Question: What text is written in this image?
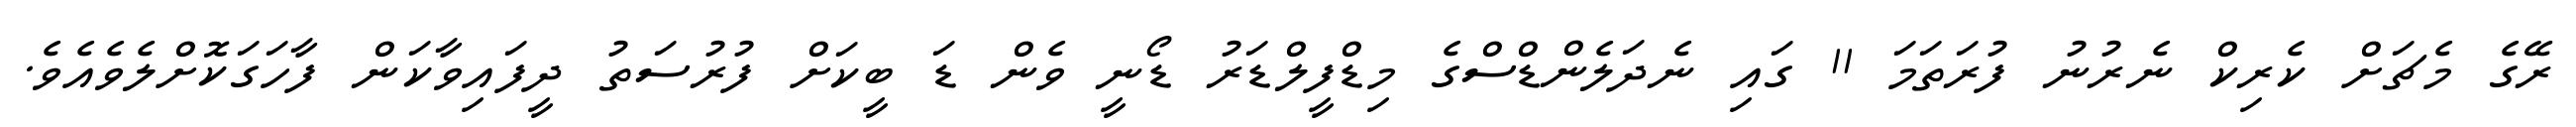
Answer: ރޭގެ މެޗަށް ކެރިކް ނެރުނު ފުރަތަމަ 11 ގައި ނެދަލެންޑްސްގެ މިޑްފީލްޑަރު ޑޯނީ ވެން ޑަ ބީކަށް ފުރުސަތު ދީފައިވާކަން ފާހަގަކޮށްލެވެއެވެ.